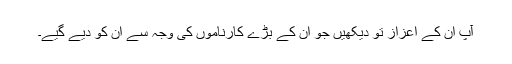
آپ ان کے اعزاز تو دیکھیں جو ان کے بڑے کارناموں کی وجہ سے ان کو دیے گیے۔